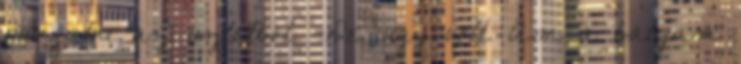
rangatni az uzletbol. -De, ugy volt. Am a batyam